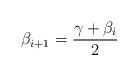
LaTeX: \begin{align*}\beta_{i+1}=\frac{\gamma+\beta_i}{2}\end{align*}